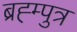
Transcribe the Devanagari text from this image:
ब्रह्म्पुत्र